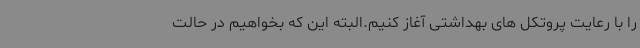
را با رعایت پروتکل های بهداشتی آغاز کنیم.البته این که بخواهیم در حالت